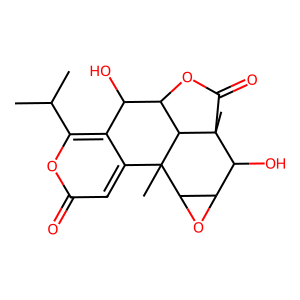
SMILES: CC(C)c1oc(=O)cc2c1C(O)C1OC(=O)C3(C)C(O)C4OC4C2(C)C13
Inhibits HIV replication: No